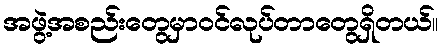
အဖွဲ့အစည်းတွေမှာဝင်လုပ်တာတွေရှိတယ်။